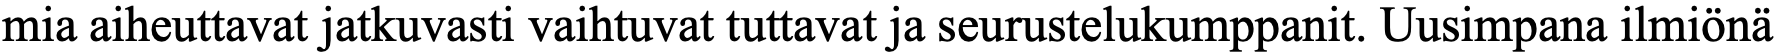
mia aiheuttavat jatkuvasti vaihtuvat tuttavat ja seurustelukumppanit. Uusimpana ilmiönä